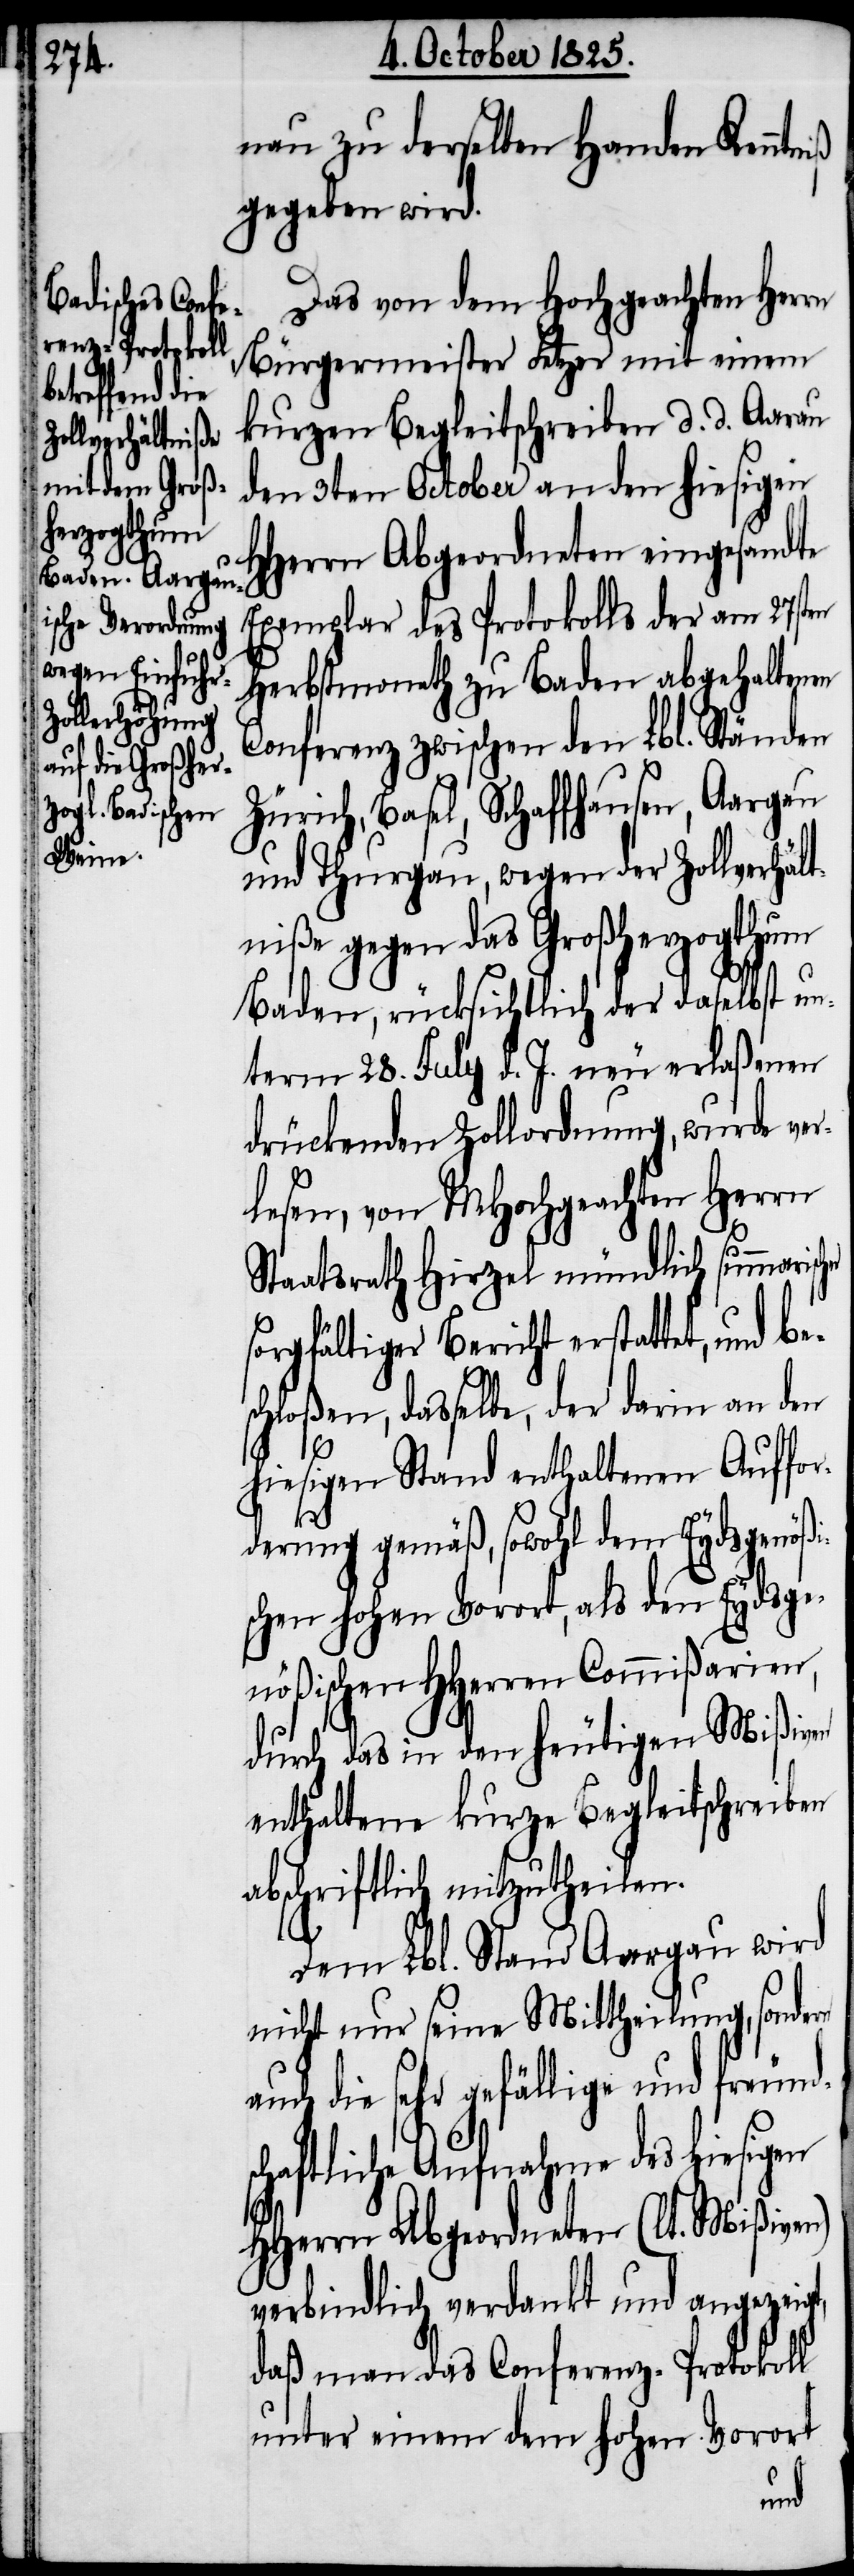
nau zu derselben Handen Kenntniß
gegeben wird.
Das von dem Hochgeachten Herrn
Bürgermeister Fetzer mit einem
kurzen Begleitschreiben d. d. Aarau
den 3ten October an den hiesigen
Herrn Abgeordneten eingesandte
Exemplar des Protokolls der am 27sten
Herbstmonath zu Baden abgehaltene
Conferenz zwischen den Lbl. Ständen
Zürich, Basel, Schaffhausen, Aargau
und Thurgau, wegen der Zollverhält¬
niße gegen das Großherzogthum
Baden, rücksichtlich der daselbst un¬
term 28. July d. J. neu erlaßenen
drückenden Zollordnung, wurde ver¬
lesen, von MHochgeachten Herrn
Staatsrath Hirzel mündlich summaris¬
sorgfältiger Bericht erstattet, und be¬
schloßen, dasselbe, der darin an den
hiesigen Stand enthaltenen Auffor¬
derung gemäß, sowohl dem Eydsgenößi¬
schen hohen Vorort, als den Eydsge¬
nößischen HHerren Commißarien,
durch das in den heutigen Mißiven
enthaltenen kurze Begleitschreiben
abschriftlich mitzutheilen.
H¬
Dem Lbl. Stand Aargau wird
nicht nur seine Mittheilung, sondern
auch die sehr gefällige und freund¬
schaftliche Aufnahme des hiesigen
HHerrn Abgeordneten (lt. Mißiven)
verbindlich verdankt und angezeigt,
daß man das Conferenz-Protokoll
unter einem dem hohen Vorort
cher